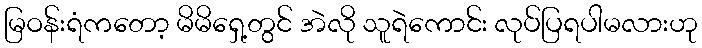
မြဝန်းရံကတော့ မိမိရှေ့တွင် အဲလို သူရဲကောင်း လုပ်ပြရပါမလားဟု